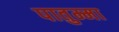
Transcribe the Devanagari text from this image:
पातुम्मा